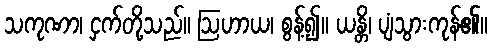
သကုဏာ၊ ငှက်တို့သည်။ ဩဟာယ၊ စွန့်၍။ ယန္တိ၊ ပျံသွားကုန်၏။